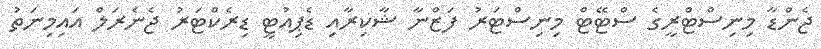
ޖެންޑާ މިނިސްޓްރީގެ ސްޓޭޓް މިނިސްޓަރު ފަޒްނާ ޝާކިރާއި ޑެޕިއުޓީ ޑިރެކްޓަރު ޖެނެރަލް އައިމިނަތު